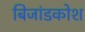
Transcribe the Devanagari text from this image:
बिजांडकोश